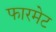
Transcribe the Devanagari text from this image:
फारमेट